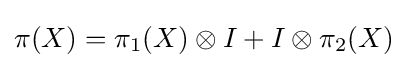
\pi (X)=\pi _{1}(X)\otimes I+I\otimes \pi _{2}(X)